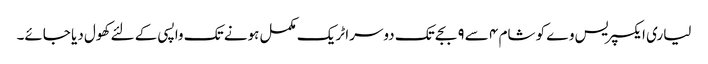
لیاری ایکسپریس وے کو شام ٤ سے ٩ بجے تک دوسرا ٹریک مکمل ہونے تک واپسی کے لئے کھول دیا جائے۔